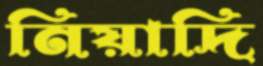
নিয়াদি